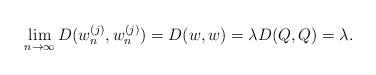
LaTeX: \begin{align*}\lim_{n\to\infty}D(w_{n}^{(j)},w_{n}^{(j)})=D(w,w)=\lambda D(Q,Q)=\lambda.\end{align*}